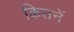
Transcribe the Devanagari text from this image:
कितनें